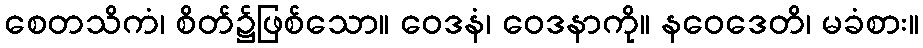
စေတသိကံ၊ စိတ်၌ဖြစ်သော။ ဝေဒနံ၊ ဝေဒနာကို။ နဝေဒေတိ၊ မခံစား။